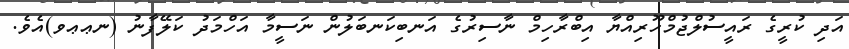
އަދި ކުރީގެ ރައީސުލްޖުމްހޫރިއްޔާ އިބްރާހިމް ނާސިރުގެ އަނބިކަނބަލުން ނަސީމާ އަހްމަދު ކަލޭފާނު (ނޢޢވ)އެވެ.